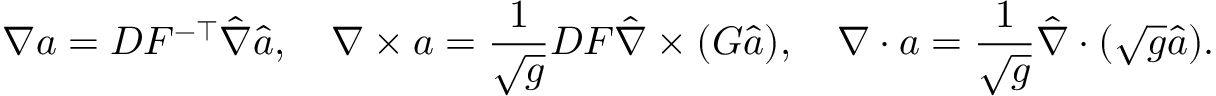
\nabla a = D F ^ { - \top } \hat { \nabla } \hat { a } , \quad \nabla \times { \boldsymbol a } = \frac { 1 } { \sqrt { g } } D F \hat { \nabla } \times ( G \hat { { \boldsymbol a } } ) , \quad \nabla \cdot { \boldsymbol a } = \frac { 1 } { \sqrt { g } } \hat { \nabla } \cdot ( \sqrt { g } \hat { \boldsymbol a } ) .